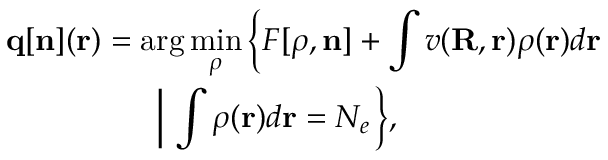
\begin{array} { l } { { \displaystyle { \bf q } [ { \bf n } ] ( { \bf r } ) = \arg \operatorname* { m i n } _ { { \boldsymbol \rho } } \left\{ { \cal F } [ { \boldsymbol \rho } , { \bf n } ] + \int v ( { \bf R , r } ) \rho ( { \bf r } ) d { \bf r } \right. } \ ~ } \\ { { \displaystyle ~ ~ ~ ~ ~ ~ ~ ~ ~ ~ ~ ~ ~ ~ \left. \left\vert ~ \int \rho ( { \bf r } ) d { \bf r } = N _ { e } \right. \right\} } , } \end{array}